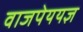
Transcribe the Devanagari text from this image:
वाजपेययज्ञ